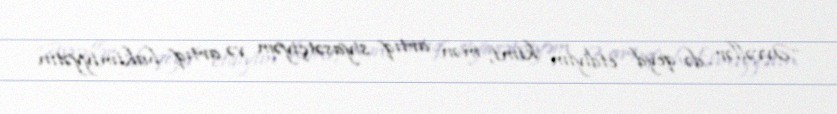
“Əvvəllər də qeyd etdiyim kimi, mən artıq siyasətçiyəm və artıq hakimiyyətin